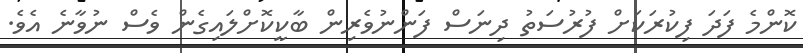
ކޮންމެ ފަދަ ފިކުރަކަށް ފުރުސަތު ދިނަސް ފަންނުވެރިން ބާކީކޮށްލައިގެން ވެސް ނުވާނެ އެވެ.